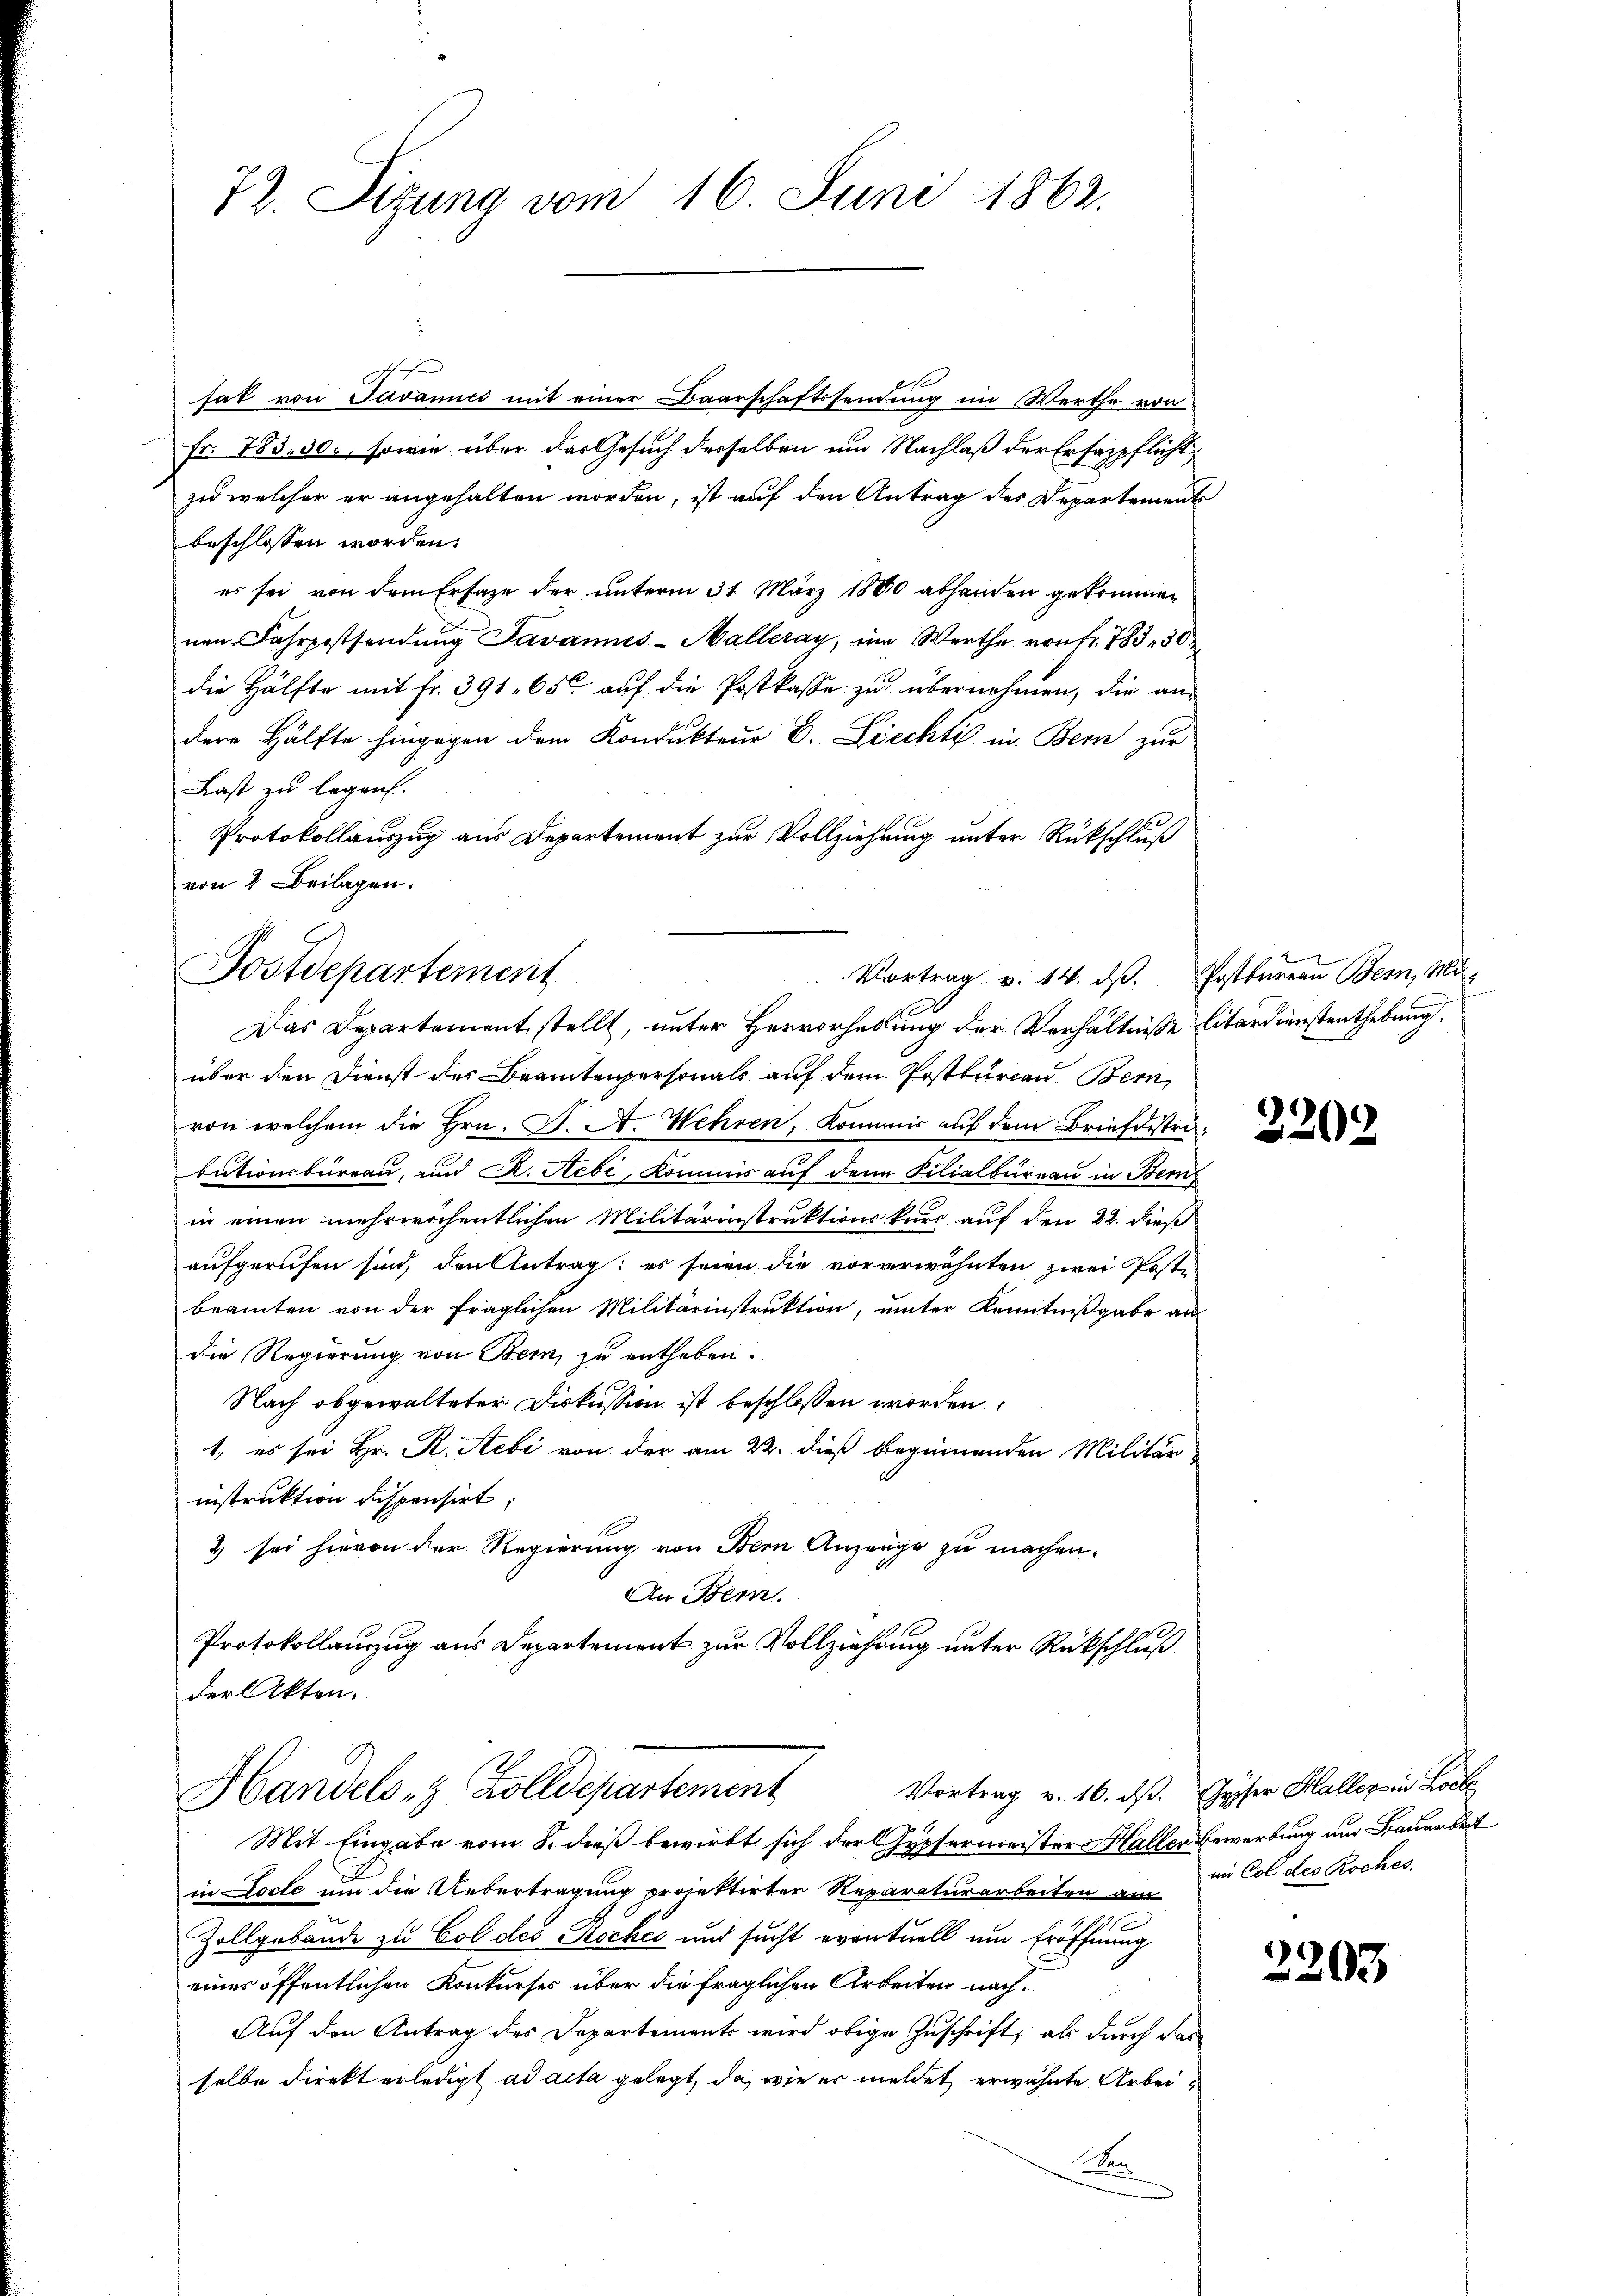
72. Sizung vom 16. Juni 1862.

2
hat von Javannes mit einer Baarschaftssendung im Werthe von
Fr. 783, 30. sowie über das Gesuch derselben um Nachlaß der Ersazpflicht
zu welcher er angehalten worden, ist auf den Antrag des Departement
beschlossen worden.
es sei von dem Ersage der unterm 31. März 1860 abhanden gekommen
nen Fahrpostsendung Javannes-Malleray, im Werthe von fr. 783, 30
die Hälfte mit fr. 391. 650. aŭf die Postkasse zŭ übernehmen, die an-
dere Hälfte hingegen dem Kondukteur d. Liechti in Bern zur
Last zu legen.
Protokollauszug aus Departement zur Vollziehung unter Rückschluß
von 2 Beilagen.
über den Dienst der Beamtenpersonals auf dem Postkureau, Bern,
von welchem die Hrn. J. A. Wehren, Kommis auf dem Briefdistrabutionsbüreau, und A. Hebe, Kommis auf dann Filialbüreau in Bern
in einen mehrwöchentlichen Militärinstruktionskurs auf den 22. dieß
aufgerufen sind, den Antrag; es seien die vorerwähnten zwei Poste
beamten von der fraglichen Militärinstruktion, unter Kenntnißgabe an
die Regierung von Bern, zu entheben.
Nach abgewalteter Diskussion ist beschlossen worden,
1., es sei Hr. R. Rebi von der am 22. dieß beginnenden Militär
instruktion dispensirt;
2 sei hievon der Regierung von Bern Anzeuge zu machen.
An Bern
Protokollauszug aus Departement zur Vollziehung unter Rückschluß
der Akten.
Vortrag v. 16. ds. Gypser Haller in Lock
Handels- & Zolldepartement
Mit Eingabe vom 8. dieß bewirkt sich der Gypsermeister Haller Bewerbung um Bauarbeit
in Docte um die Uebertragung projektirter Reparaturarbeiten am
Zollgebäude zu Col des Roches und sucht eventuell um Eröffnung
eines öffentlichen Konkurses über die fraglichen Arbeiten nach¬
Auf den Antrag des Departements wird obige Zuschrift, als durch das
selbe direkt erledigt ad acta gelegt, da, wie er meldet erwähnte Arbei¬
D

Postdepartement
Das Departement stellt, unter Hervorhebung der Verhältniße glitärdienstenthebung.

Vortrag v. 14. dβ. Postbureau Bern, Mi

2202

im Col des Roches.

2203